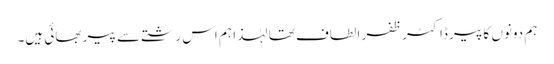
ہم دونوں کا پیر ڈاکٹر ظفر الطاف تھا لہٰذا ہم اس رشتے سے پیر بھائی ہیں۔